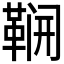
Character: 𮧛